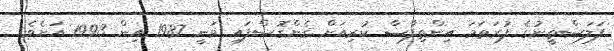
ފަލަސްތީނުގެ ފުރަަތަަމަ އިންތިފާޟާ ކުރިއަށް ގެންގޮސްފައި ވަނީ 1987 އިން 1993 އަށެވެ.